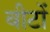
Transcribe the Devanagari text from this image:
बीटों